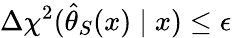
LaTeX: \Delta\chi^{2}(\hat{\theta}_{S}(x)\mid x)\le\epsilon